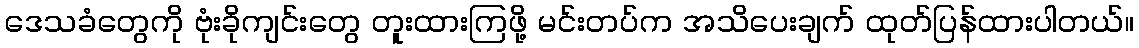
ဒေသခံတွေကို ဗုံးခိုကျင်းတွေ တူးထားကြဖို့ မင်းတပ်က အသိပေးချက် ထုတ်ပြန်ထားပါတယ်။